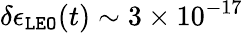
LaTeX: \delta\epsilon_{\tt LEO}(t)\sim 3\times 10^{-17}